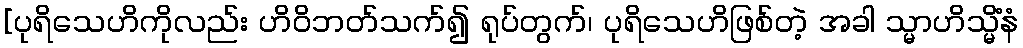
[ပုရိသေဟိကိုလည်း ဟိဝိဘတ်သက်၍ ရုပ်တွက်၊ ပုရိသေဟိဖြစ်တဲ့ အခါ သ္မာဟိသ္မိံနံ